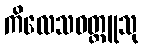
ကိလေသဝတ္ထူသု